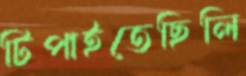
টিপাইতেছিলি